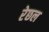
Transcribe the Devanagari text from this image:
रेछल